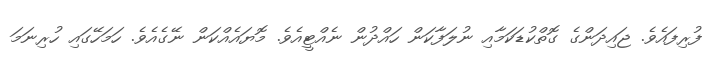
ފުރިފައެވެ. ޖައިދަންގެ ގޮތްކުޑަކަމާއި ނުލަފާކަން ހައްދުން ނެއްޓީއެވެ. މޮޔައެއްކަން ނޭގެއެވެ. ހަމަހޭގައި ހުރިނަމަ